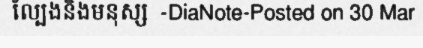
ល្បែងនិងមនុស្ស  -DiaNote-Posted on 30 Mar